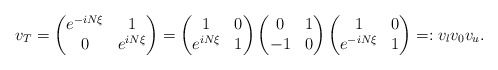
\begin{align*}v_T= \begin{pmatrix}e^{-iN \xi} & 1 \\ 0 & e^{iN\xi}\end{pmatrix}=\begin{pmatrix}1 & 0 \\ e^{iN \xi} & 1 \end{pmatrix}\begin{pmatrix}0 & 1 \\ -1 & 0 \end{pmatrix}\begin{pmatrix}1 & 0 \\ e^{-iN \xi} & 1 \end{pmatrix}=: v_l v_0 v_u.\end{align*}